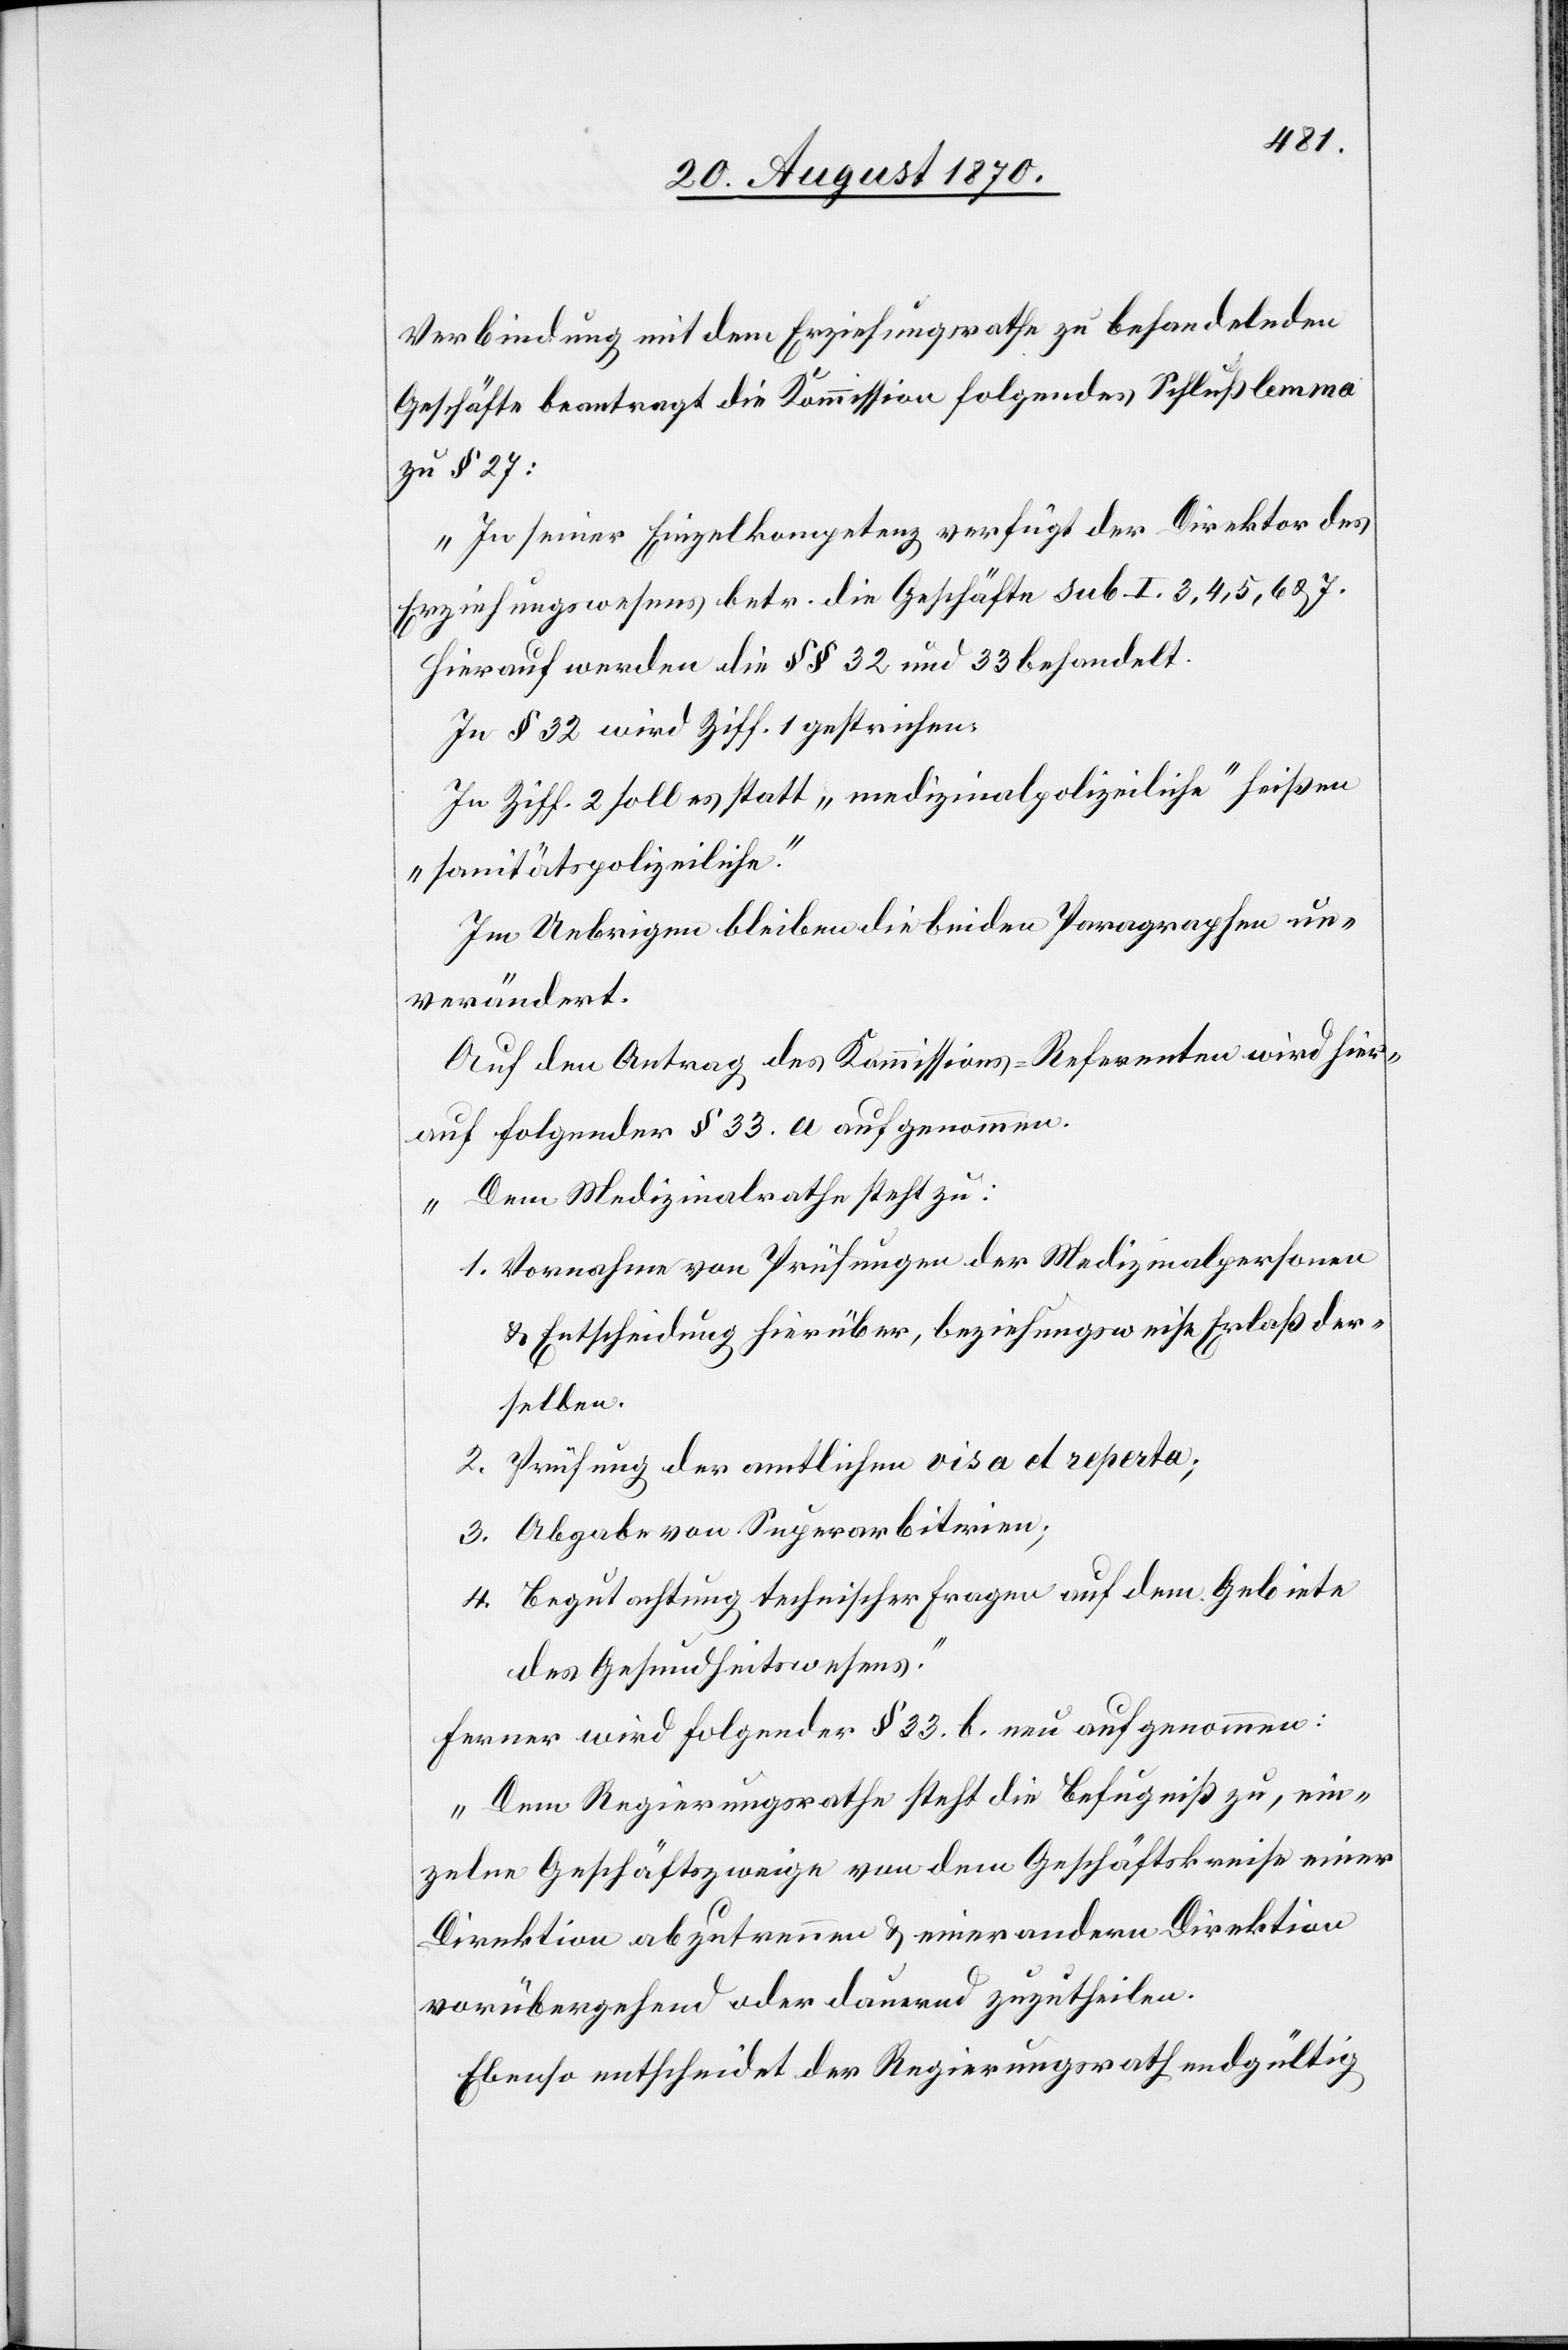
Verbindung mit dem Erziehungsrathe zu behandelnden
Geschäfte beantragt die Kommission folgendes Schlußlemma
zu § 27:
„In seiner Einzelkompetenz verfügt der Direktor des
Erziehungswesens betr. die Geschäfte sub I. 3, 4, 5, 6, & 7.
Hierauf werden die §§ 32 und 33 behandelt.
In § 32 wird Ziff. 1 gestrichen.
In Ziff. 2 soll es statt „medizinalpolizeiliche“ heißen
„sanitätspolizeiliche“.
Im Uebrigen bleiben die beiden Paragraphen un¬
verändert.
Auf den Antrag des Kommissions-Referenten wird hier¬
auf folgender § 33. a aufgenommen:
„Dem Medizinalrathe steht zu:
1. Vornahme von Prüfungen der Medizinalpersonen
& Entscheidung hierüber, beziehungsweise Erlaß der¬
selben.
2. Prüfung der amtlichen visa et reperta;
3. Abgabe von Superarbitrien;
4. Begutachtung technischer Fragen auf dem Gebiete
des Gesundheitswesens.“
Ferner wird folgender § 33. b. neu aufgenommen:
„Dem Regierungsrathe steht die Befugniß zu, ein¬
zelne Geschäftszweige von dem Geschäftskreise einer
Direktion abzutrennen & einer andern Direktion
vorübergehend oder dauernd zuzutheilen.
Ebenso entscheidet der Regierungsrath endgültig